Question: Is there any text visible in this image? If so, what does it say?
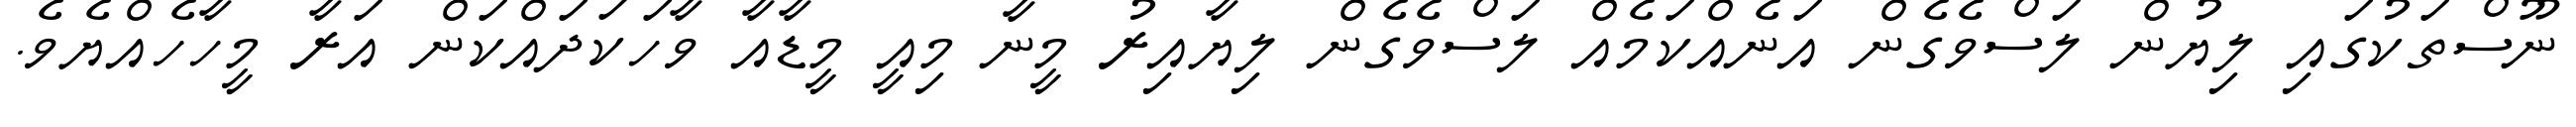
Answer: ނޫސްތަކުގައި ލިޔުން ލަސްވެގެން އަނެއްކަމެއް ލަސްވެގެން ލިޔާއިރު މީނާ މިއީ މީޑާއާ ވާހަކަދައްކަން އަރާ މީހާހެއްޔެވެ.